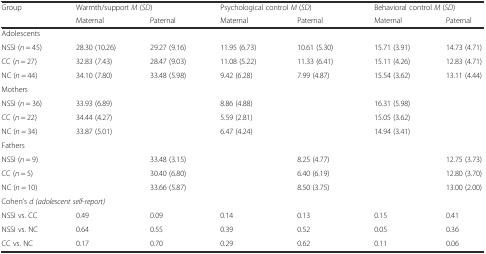
<table><thead><tr><td><b>Group</b></td><td colspan="2"><b>Warmth/support <i>M</i> (<i>SD</i>)</b></td><td colspan="2"><b>Psychological control <i>M</i> (<i>SD</i>)</b></td><td colspan="2"><b>Behavioral control <i>M</i> (<i>SD</i>)</b></td></tr><tr><td></td><td><b>Maternal</b></td><td><b>Paternal</b></td><td><b>Maternal</b></td><td><b>Paternal</b></td><td><b>Maternal</b></td><td><b>Paternal</b></td></tr></thead><tbody><tr><td colspan="7">Adolescents</td></tr><tr><td>NSSI (<i>n</i> = 45)</td><td>28.30 (10.26)</td><td>29.27 (9.16)</td><td>11.95 (6.73)</td><td>10.61 (5.30)</td><td>15.71 (3.91)</td><td>14.73 (4.71)</td></tr><tr><td>CC (<i>n</i> = 27)</td><td>32.83 (7.43)</td><td>28.47 (9.03)</td><td>11.08 (5.22)</td><td>11.33 (6.41)</td><td>15.11 (4.26)</td><td>12.83 (4.71)</td></tr><tr><td>NC (<i>n</i> = 44)</td><td>34.10 (7.80)</td><td>33.48 (5.98)</td><td>9.42 (6.28)</td><td>7.99 (4.87)</td><td>15.54 (3.62)</td><td>13.11 (4.44)</td></tr><tr><td colspan="7">Mothers</td></tr><tr><td>NSSI (<i>n</i> = 36)</td><td>33.93 (6.89)</td><td></td><td>8.86 (4.88)</td><td></td><td>16.31 (5.98)</td><td></td></tr><tr><td>CC (<i>n</i> = 22)</td><td>34.44 (4.27)</td><td></td><td>5.59 (2.81)</td><td></td><td>15.05 (3.62)</td><td></td></tr><tr><td>NC (<i>n</i> = 34)</td><td>33.87 (5.01)</td><td></td><td>6.47 (4.24)</td><td></td><td>14.94 (3.41)</td><td></td></tr><tr><td>Fathers</td><td></td><td></td><td></td><td></td><td></td><td></td></tr><tr><td>NSSI (<i>n</i> = 9)</td><td></td><td>33.48 (3.15)</td><td></td><td>8.25 (4.77)</td><td></td><td>12.75 (3.73)</td></tr><tr><td>CC (<i>n</i> = 5)</td><td></td><td>30.40 (6.80)</td><td></td><td>6.40 (6.19)</td><td></td><td>12.80 (3.70)</td></tr><tr><td>NC (<i>n</i> = 10)</td><td></td><td>33.66 (5.87)</td><td></td><td>8.50 (3.75)</td><td></td><td>13.00 (2.00)</td></tr><tr><td colspan="7">Cohen’s <i>d (adolescent self-report)</i></td></tr><tr><td>NSSI vs. CC</td><td>0.49</td><td>0.09</td><td>0.14</td><td>0.13</td><td>0.15</td><td>0.41</td></tr><tr><td>NSSI vs. NC</td><td>0.64</td><td>0.55</td><td>0.39</td><td>0.52</td><td>0.05</td><td>0.36</td></tr><tr><td>CC vs. NC</td><td>0.17</td><td>0.70</td><td>0.29</td><td>0.62</td><td>0.11</td><td>0.06</td></tr></tbody></table>